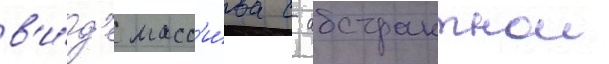
в'и́д'е масс'и́ва с абстрактнои